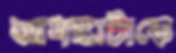
আশঙ্কাটাকে